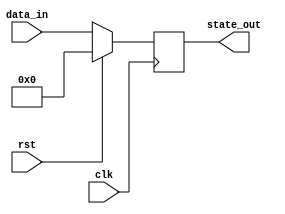
module synchronous_reset_example (
    input wire clk,          // Clock signal
    input wire rst,          // Synchronous reset (active high)
    input wire [7:0] data_in, // Additional input (example)
    output reg [7:0] state_out // Output state
);

// Define the reset state
localparam RESET_STATE = 8'b00000000; // Example reset state

// Always block sensitive to the rising edge of the clock
always @(posedge clk) begin
    if (rst) begin
        // Synchronous reset: set state to reset state
        state_out <= RESET_STATE;
    end else begin
        // Normal operation: update state based on input (example logic)
        state_out <= data_in; // Example operation
    end
end

endmodule